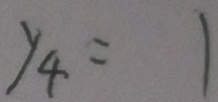
y _ { 4 } = 1